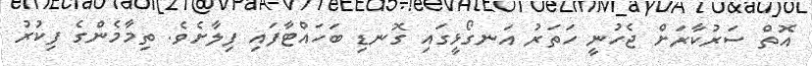
އޮތް ސަރުކާރަށް ޖެހުނީ ހަތަރު އަނގޯޅީގައި ގޮނޑި ބަހައްޓާފައި ފިލާށެވެ. ތިމާމެންގެ ފިކުރު